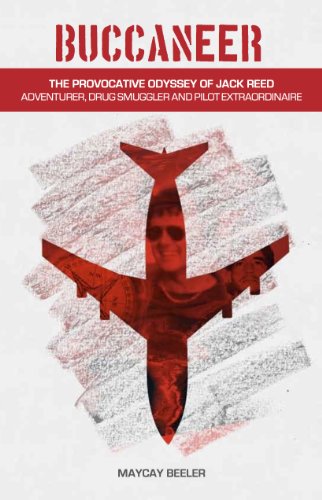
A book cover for Buccaneer: The Provocative Odyssey of Jack Reed, Adventurer, Drug Smuggler and Pilot Extraordinaire; MayCay Beeler; Biographies & Memoirs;